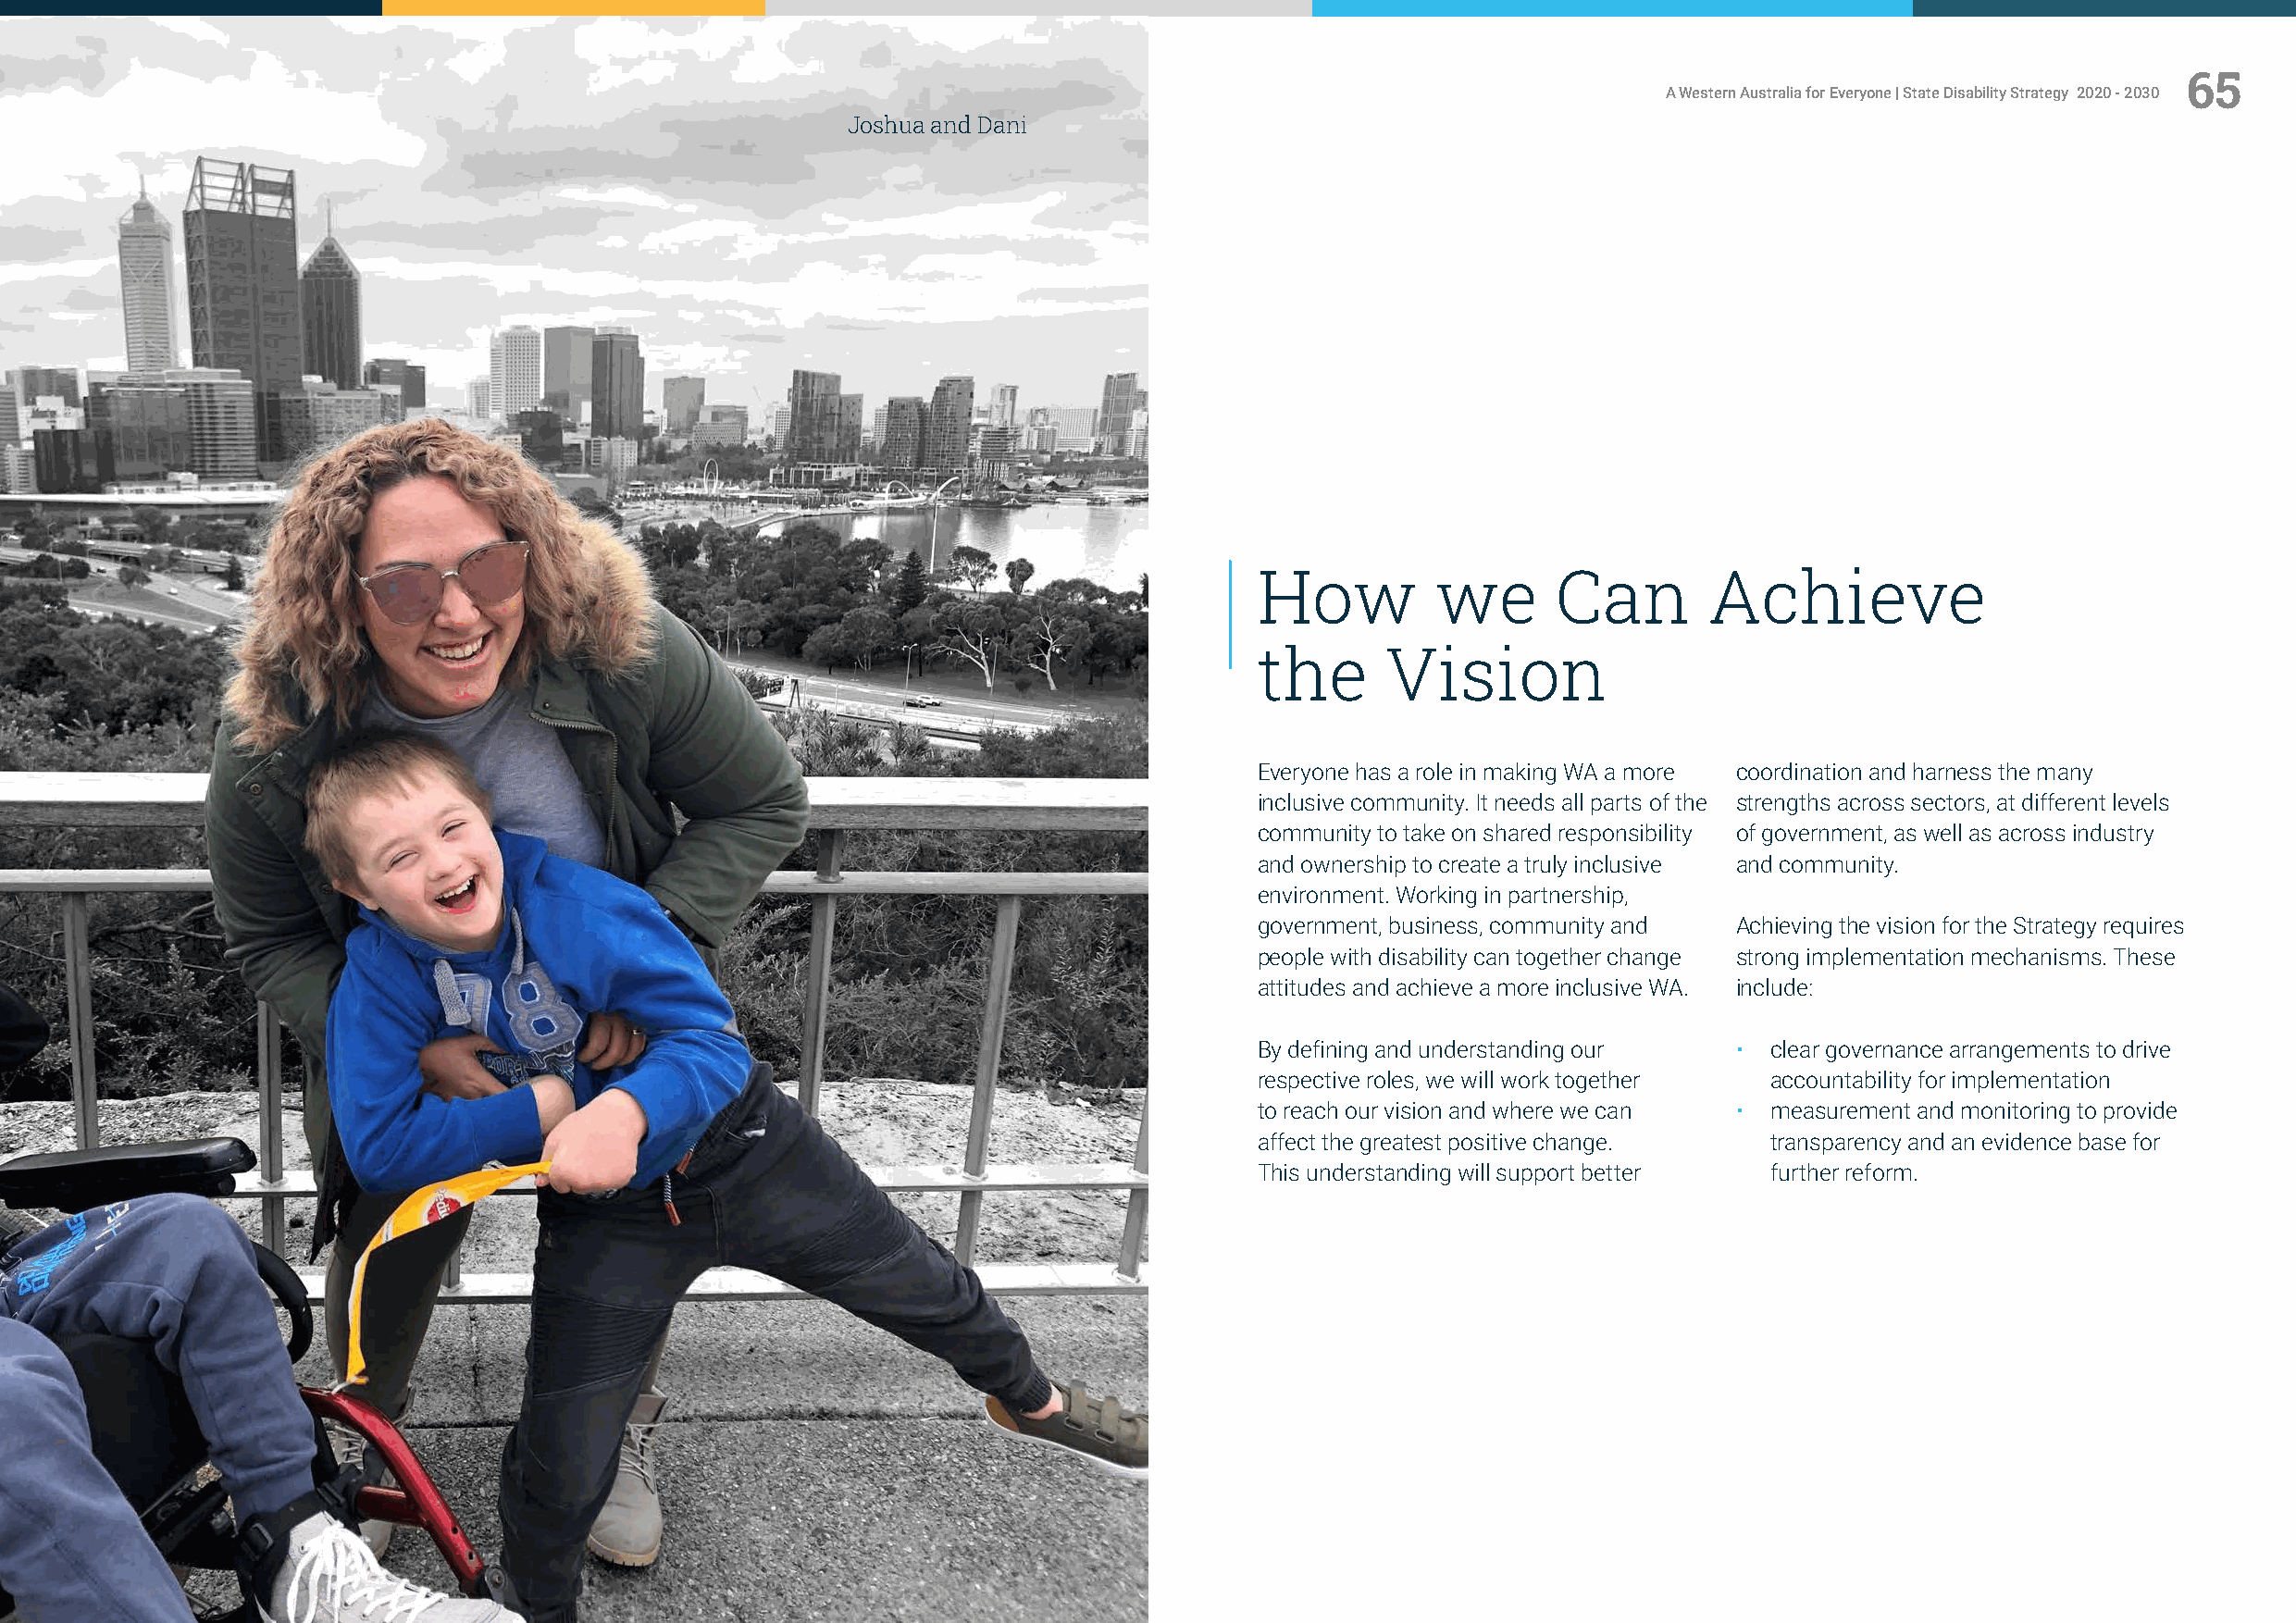
64                                                                                                                                                      65
 A Western Australia for Everyone | State Disability Strategy 2020 - 2030                                     A Western Australia for Everyone | State Disability Strategy 2020 - 2030
 Joshua and Dani
 How          we      Can        Achieve
 the      Vision
 Everyone has a role in making WA a more coordination and harness the many
 inclusive community. It needs all parts of the strengths across sectors, at different levels
 community to take on shared responsibility of government, as well as across industry
 and ownership to create a truly inclusive and community.
 environment. Working in partnership,
 government, business, community and Achieving the vision for the Strategy requires
 people with disability can together change strong implementation mechanisms. These
 attitudes and achieve a more inclusive WA. include:
 By defining and understanding our •  clear governance arrangements to drive
 respective roles, we will work together accountability for implementation
 to reach our vision and where we can • measurement and monitoring to provide
 affect the greatest positive change. transparency and an evidence base for
 This understanding will support better further reform.